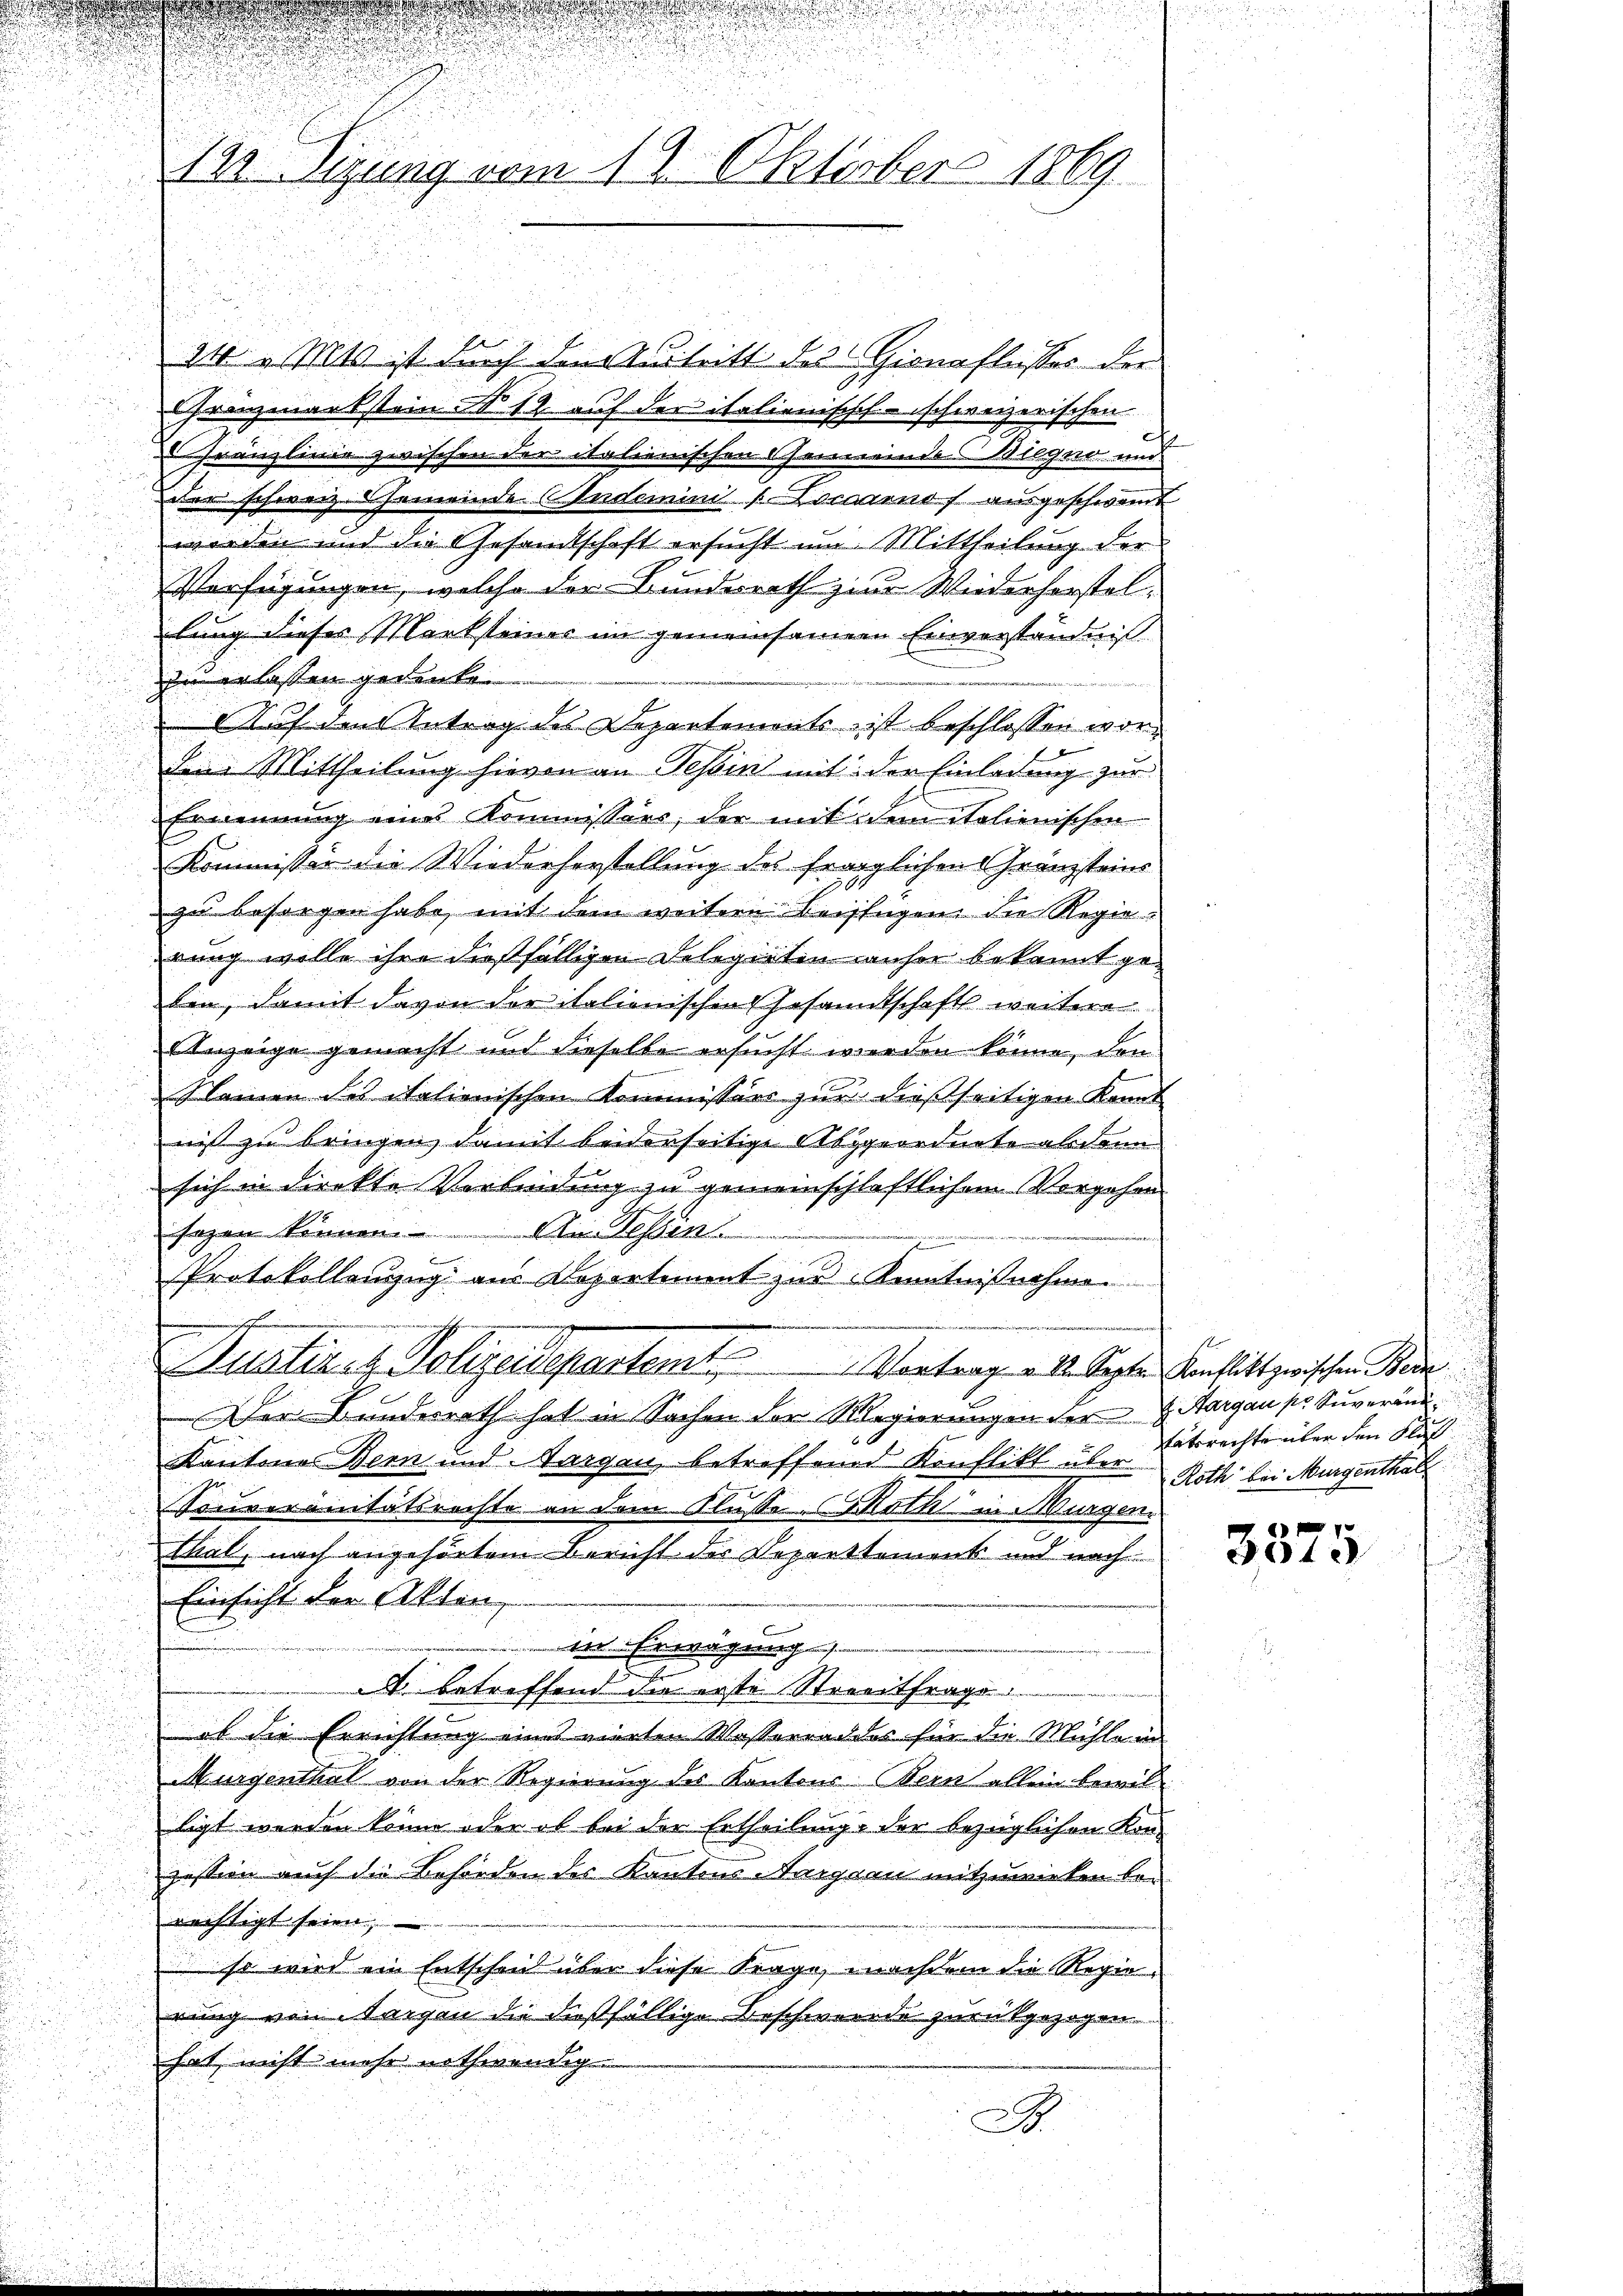
d

2
122. Sizung vom 19. Oktober 1869

24 v. Mts. 1. durch den Austritt des Gionoflasser der
Grenzmarkstein N. 19 auf der italienisch-schweizerischen
canzlinie zwischen der italienischen Gemeinde Wiegne und
der schweiz. Gemeinde Aadomini Cocarno ausgeschwert
worden und die Gesandtschaft ersucht um Mittheilung der
Verfügungen, welche der Bundesrath zur Wiederhorstellung dieses Marksteiner im gemeinsamem Einverständniß
zu erlassen gedenke
Auf den Antrag des Departements, ist beschlossen wori
dem Mittheilung hievon an Tessin mit der Einladung zur
u
Ernennung eines Kommission, der mit dem italienischen
Kommissär die Wiederherstellung des fraglichen Gränzsteins
zu besorgen habe, mit dem weitere Beifügen die Regierung wolle ihre dießfälligen Delegirten anher bekannt geben, damit davon der italienischen Gesandtschaft weitere
Anzeige gemacht und dieselbe ersucht werden könne, den
Namen des italienischen Kommissärs zur dießseitigen Kennt
nis zu bringen, damit beiderseitige Abgeordnete abdann
sich in direkte Verbindung zu gemeinschlaftlichem Vorgehen
tonen
An Hessin
.
Protokollenzug aus Departement zur Kenntnißnahme
Justiret Polizeidepartemt. Vortrag v. M. Septer Konstatt zwischen Bene
Der Bundesrath hat in Sachen der Regierungen der H. Aargau so Suveränd¬
Kantone Bern und Sargau betreffend Konflikt über Roth bei Murgenthal
e
Sonveranitätsrechte an dem Klusse Math in Murgen.
thal, nach angehörtem Bericht der Departtement und nach
u
Einsicht der Akten,
in Erwägung
.
2
N. betreffend die erste Streitfrage
ob die Errichtung eines vierten Wasserraddes für die Mühle in
Murgenthal von der Regierung des Kantons Bern allein bewil
ligt werden könne oder ob bei der Ertheilung der bezüglichen Kon¬
Zession auch die Behörden des Kantons Aargau mitzuwirken berechtigt seien,
so wird ein Entscheid über diese Frage, nachdem die Regierung von Sargen die dießfällige Beschwerde zurückgezogen.
hat nicht mehr nothwendig

A

Stätsrechte über den Klas

.
3373